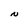
Character: N